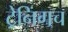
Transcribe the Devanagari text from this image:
ट्रेनिंगच